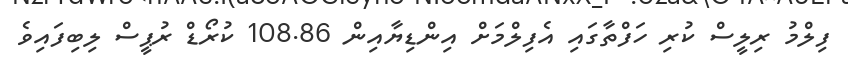
ފިލްމު ރިލީސް ކުރި ހަފްތާގައި އެފިލްމަށް އިންޑިޔާއިން 108.86 ކުރޯޑް ރުޕީސް ލިބިފައިވެ